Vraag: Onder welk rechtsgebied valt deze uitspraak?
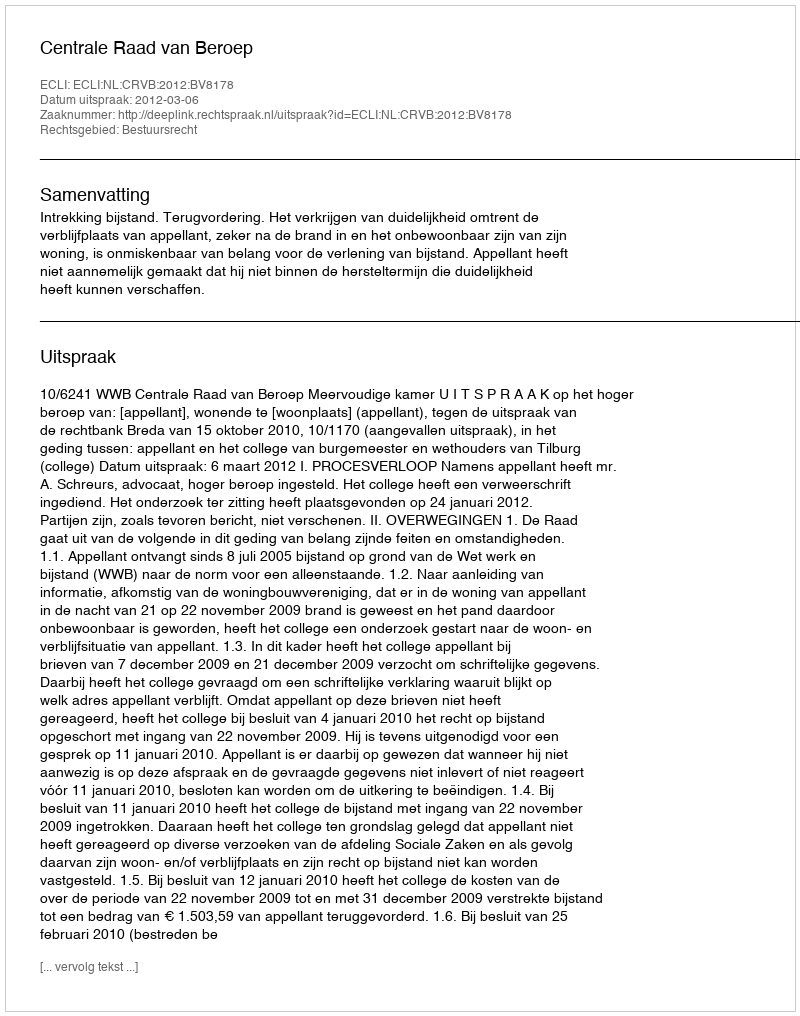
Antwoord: Bestuursrecht